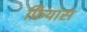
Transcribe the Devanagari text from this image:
फ्रियास